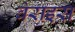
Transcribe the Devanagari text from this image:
वेराइस